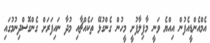
އެމްއެންޑީއެފުން އިއްޔެ ވަނީ މާފިލާފުށީ މީހުން ގެންގުޅޭ ތަކެއްޗާއި މުދާ ނައިފަރަށް ގެންގޮސްދިނުމުގައި